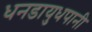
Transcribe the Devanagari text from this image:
धनडायुधपानी